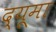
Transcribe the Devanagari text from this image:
द्यूमा